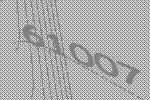
61007